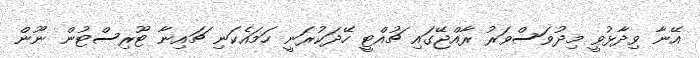
އޭނާ ވިދާޅުވީ މިދުވަސްވަރު ރާއްޖޭގައި ޗުއްޓީ ހޭދަކުރަނީ ހަމައެކަނި ޗައިނާ ޓޫރިސްޓުން ނޫން